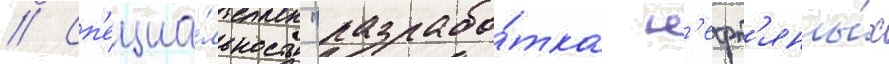
// Сп'ециа́льность "разрабо́тка н'ефт'яны́х